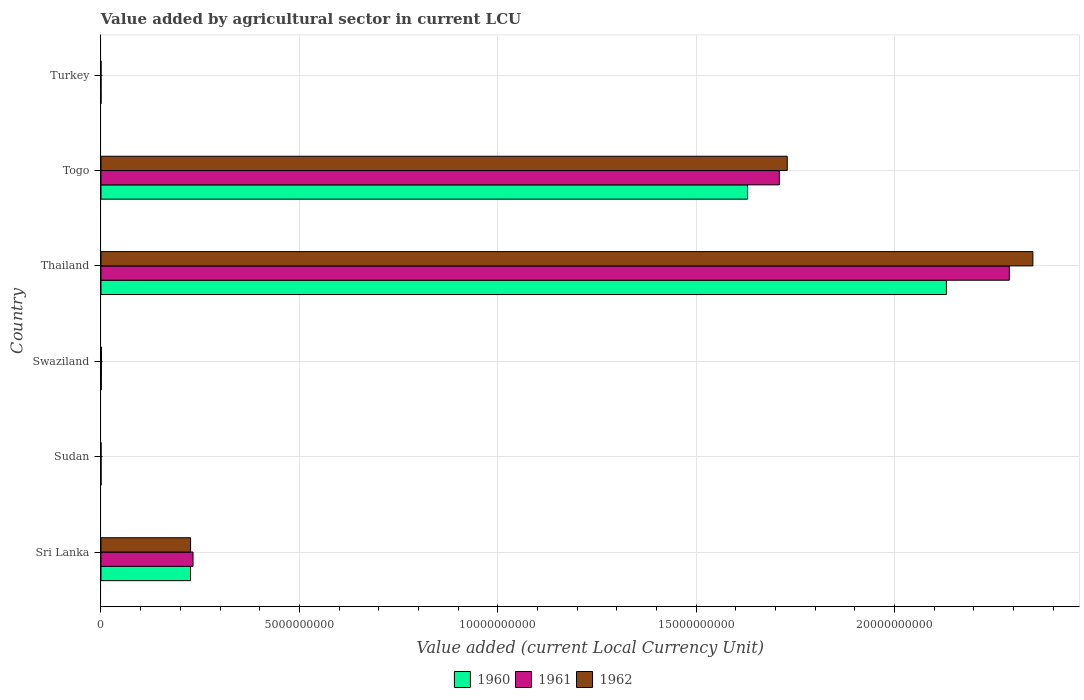
| Country | 1960 | 1961 | 1962 |
 | --- | --- | --- | --- |
 | Sri Lanka | 2.26e+09 | 2.32e+09 | 2.26e+09 |
 | Sudan | 2.02e+05 | 2.19e+05 | 2.31e+05 |
 | Swaziland | 7.9e+06 | 9.3e+06 | 1.14e+07 |
 | Thailand | 2.13e+10 | 2.29e+10 | 2.35e+10 |
 | Togo | 1.63e+10 | 1.71e+10 | 1.73e+10 |
 | Turkey | 3.74e+04 | 3.72e+04 | 4.24e+04 |